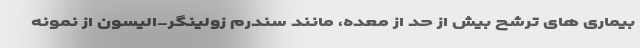
بیماری های ترشح بیش از حد از معده، مانند سندرم زولینگر-الیسون از نمونه